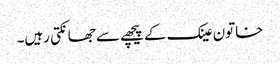
خاتون عینک کے پیچھے سے جھانکتی رہیں۔